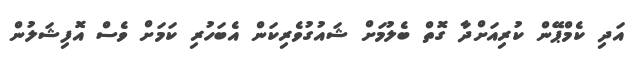
އަދި ކެމްޕޭން ކުރިއަށްދާ ގޮތް ބެލުމަށް ޝައުގުވެރިކަން އެބަހުރި ކަމަށް ވެސް އޮފިޝަލުން